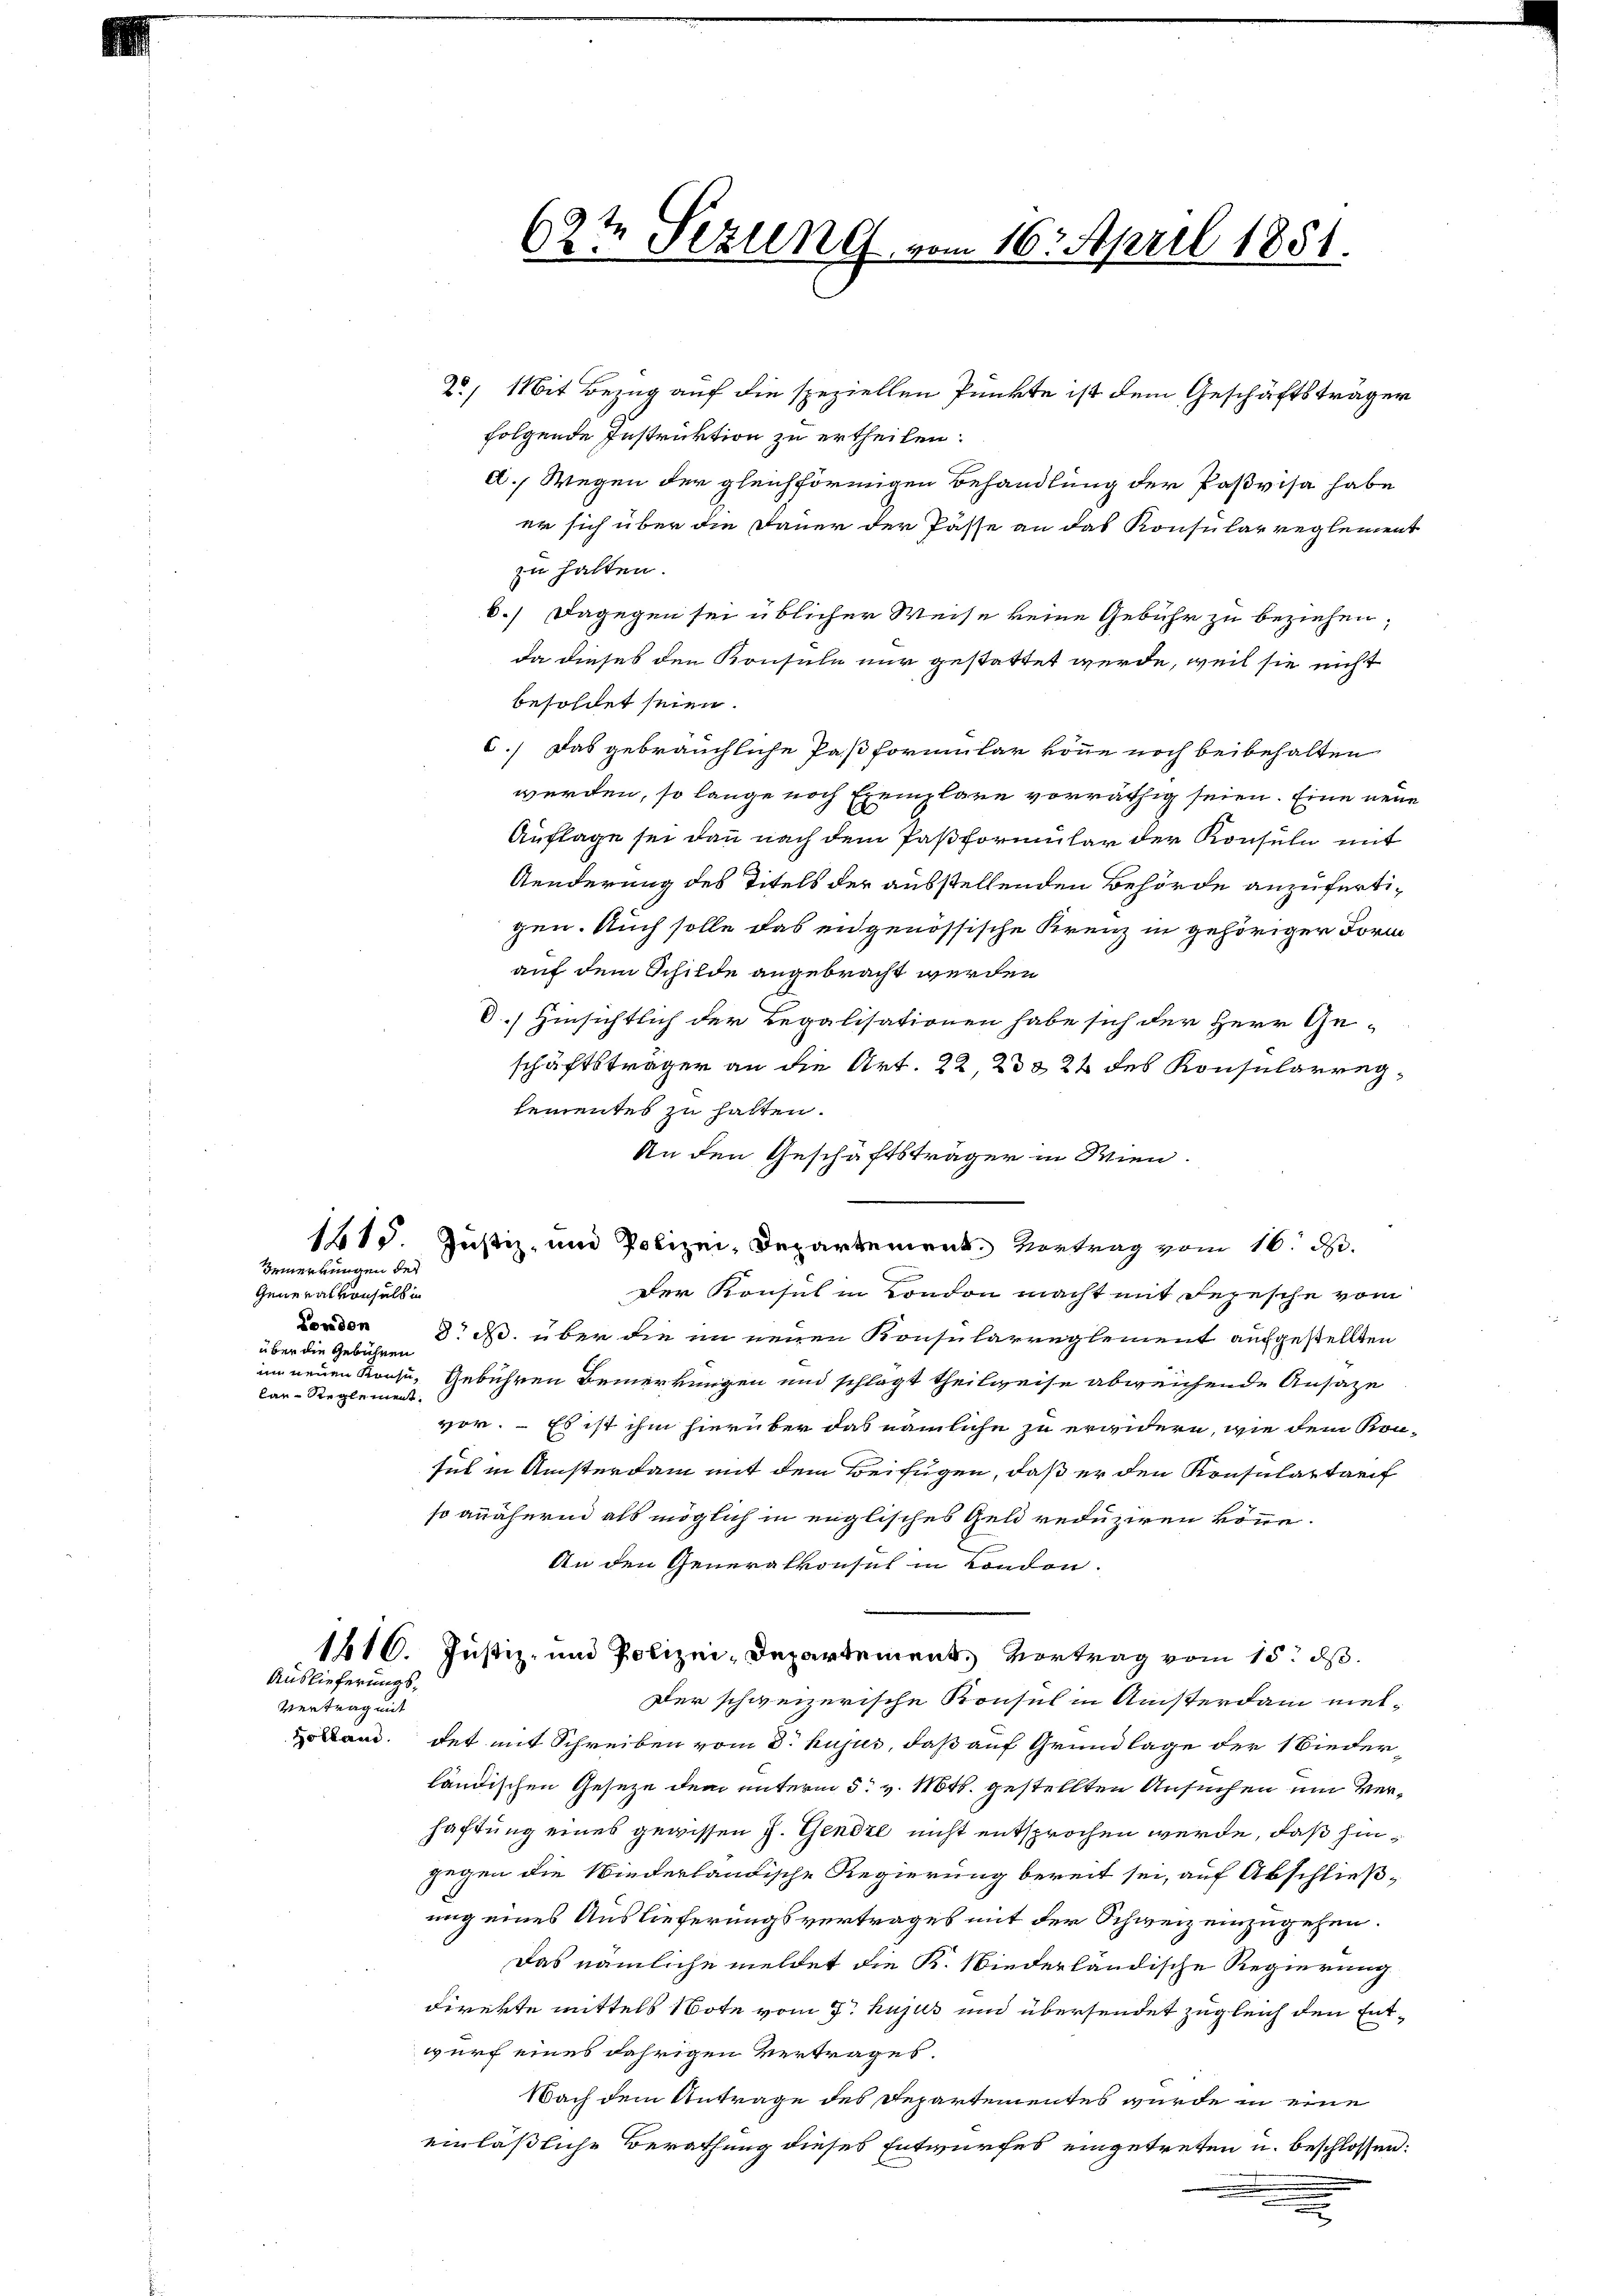
Bemerkungen der

Generalvonhalb in
London
über die Gebühren

Auslieferungs¬

d. Wegen der gleichförmigen Behandlung der Paßvisa habe
er sich über die Dauer der Pässe an das Konsularreglement
zu halten.
6.) Dagegen sei üblicher Weise keine Gebühr zu beziehen;
da dieses den Konsuln nur gestattet werde, weil sie nicht
besoldet seien.
6.) Das gebräuchliche Paß formular könne noch beibehalten
werden, so lange noch Exemplare vorräthig seien. Eine neue
Auflage sei dann nach dem Paßformular der Konsuln mit
Aenderung des Titels der ausstellenden Behörde anzufertigen. Auch solle das engenössische Kreuz in gehöriger Form
auf dem Schilde angebracht werden
O..) Hinsichtlich der Legalisationen habe sich der Herr Geschäftsträger an die Art. 22, 23 § 22 des Konsularreglementes zu halten.
An den Geschäftsträger in Wien.
1815. Justiz, und Polizei, Departement. Vortrag vom 16. d.
Der Konsul in London macht mit Depesche vom
d N. über die im neuen Konsularreglement aufgestellten
im neuen Konzi, Gebühren Bemerkungen und schlägt theilweise abweichende Ansage
lar-Reglement.
vor. – Es ist ihm hierüber das nämliche zu erwidern, wie dem Kon-
sich in Ansterdam mit dem Beifügen, daß er den Konsulartarif
so anähern als möglich in englisches Geld reduziren könne.
An den Generalkonsul in London.
1416. Justiz- und Polizei-Departement, Vortrag vom 15. d.
Der schweizerische Konsul in Ansterdam met-
Vertrag mit
okam. der mit Schreiben vom 3. hujus, daß auf Grundlage der 1 Biederländischen Geseze dem unterm 5. v. Mts. gestellten Ansuchen um Verhaftung eines gewissen J. Gendre nicht entsprochen werde, daß hingegen die Niederländische Regierung bereit sei, auf Abschließ-
ung eines Auslieferungsvertrages mit der Schweiz einzugehen.
Das nämliche meldet die K. Niederländische Regierung
direkte mittels Note vom 7. hujus und übersendet zugleich den Entwurf eines jährigen Vertrages.
Nach dem Antrage des Departementes wurde in eine
einläßliche Berathung dieses Entwurfes eingetreten u. beschlossen:

2) Mit Bezug auf die speziellen Punkte ist dem Geschäftsträger
folgende Instruktion zu ertheilen:

62te Sezung vom 16. April 1851.